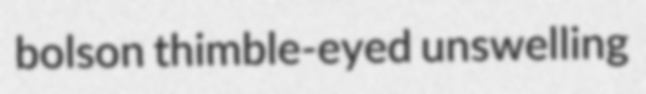
bolson thimble-eyed unswelling